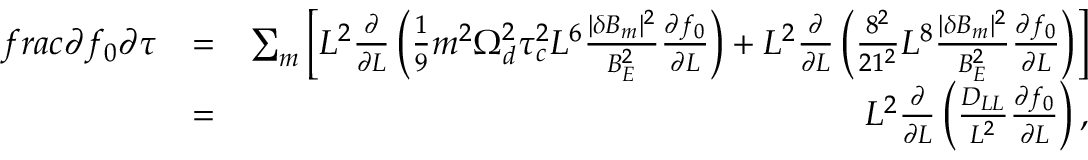
\begin{array} { r l r } { f r a c { \partial f _ { 0 } } { \partial \tau } } & { = } & { \sum _ { m } \left[ L ^ { 2 } \frac { \partial } { \partial L } \left( \frac { 1 } { 9 } m ^ { 2 } \Omega _ { d } ^ { 2 } \tau _ { c } ^ { 2 } L ^ { 6 } \frac { | \delta B _ { m } | ^ { 2 } } { B _ { E } ^ { 2 } } \frac { \partial f _ { 0 } } { \partial L } \right) + L ^ { 2 } \frac { \partial } { \partial L } \left( \frac { 8 ^ { 2 } } { 2 1 ^ { 2 } } L ^ { 8 } \frac { | \delta B _ { m } | ^ { 2 } } { B _ { E } ^ { 2 } } \frac { \partial f _ { 0 } } { \partial L } \right) \right] } \\ & { = } & { L ^ { 2 } \frac { \partial } { \partial L } \left( \frac { D _ { L L } } { L ^ { 2 } } \frac { \partial f _ { 0 } } { \partial L } \right) , } \end{array}